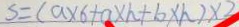
S = ( a \times 6 + a \times h + b \times h ) \times 3